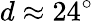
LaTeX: d\approx 24^{\circ}